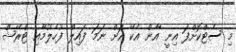
މި ސެޓްކޮށްފަ އިނީ އާން އެކޭ އަށް ނަމަ ފައިލް ފުހެލުމާއި ޓްރޭޝް